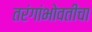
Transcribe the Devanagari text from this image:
तरंगांभोवतीचा